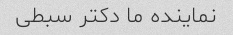
نماینده ما دکتر سبطی